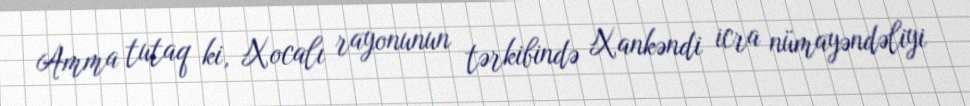
Amma tutaq ki, Xocalı rayonunun tərkibində Xankəndi icra nümayəndəliyi